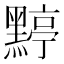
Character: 𪑬